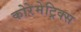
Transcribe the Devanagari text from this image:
कोरेमेट्रिक्स